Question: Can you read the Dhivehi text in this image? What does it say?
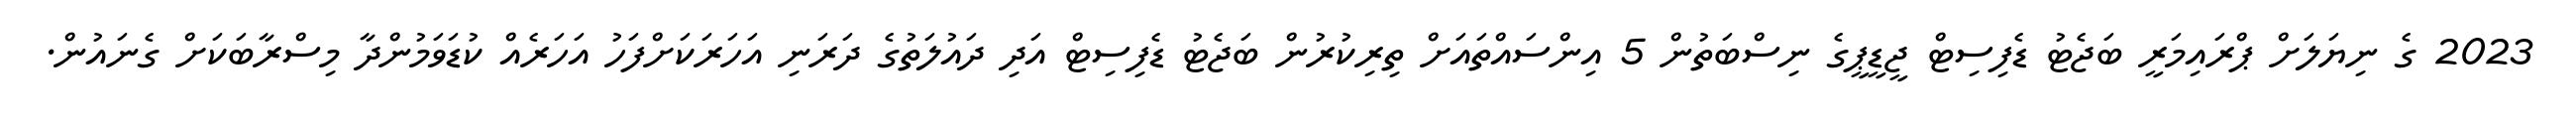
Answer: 2023 ގެ ނިޔަލަށް ޕްރައިމަރީ ބަޖެޓު ޑެފިސިޓް ޖީޑީޕީގެ ނިސްބަތުން 5 އިންސައްތައަށް ތިރިކުރުން ބަޖެޓު ޑެފިސިޓް އަދި ދައުލަތުގެ ދަރަނި އަހަރަކަށްފަހު އަހަރެއް ކުޑަވަމުންދާ މިސްރާބަކަށް ގެނައުން.